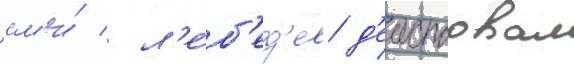
см'и́ / л'е́б'ед'ев д'еиствовал